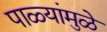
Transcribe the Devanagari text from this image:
पाळ्यांमुळे